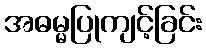
အဓမ္မပြုကျင့်ခြင်း